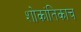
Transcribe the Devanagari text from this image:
शोकांतिकाच